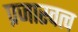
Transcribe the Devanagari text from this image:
प्रजास्वत्व